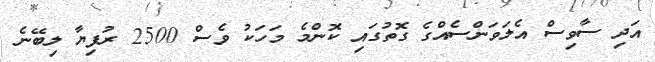
އަދި ސާވިސް އެލަވަންސެއްގެ ގޮތުގައި ކޮންމެ މަހަކު ވެސް 2500 ރުފިޔާ ލިބޭނެ